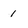
Character: 1